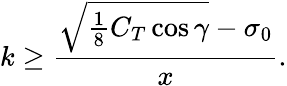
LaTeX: k\geq\frac{\sqrt{\frac{1}{8}C_{T}\cos{\gamma}}-\sigma_{0}}{x}.